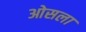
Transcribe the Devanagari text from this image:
ओसला